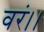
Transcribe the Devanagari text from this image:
वरं।।